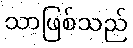
သာဖြစ်သည်